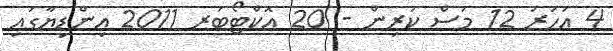
4 އަހަރު 12 މަސް ކުރިން - 20 އޮކްޓޯބަރ 2011 އިންޑިޔާގައި